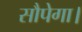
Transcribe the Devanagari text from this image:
सौपेगा।